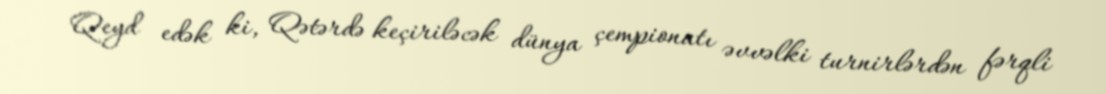
Qeyd edək ki, Qətərdə keçiriləcək dünya çempionatı əvvəlki turnirlərdən fərqli